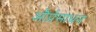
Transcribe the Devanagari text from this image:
और्प्रसाधन